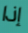
إذا